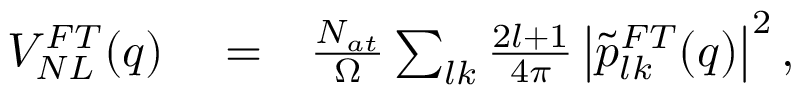
\begin{array} { r l r } { V _ { N L } ^ { F T } ( q ) } & { { } = } & { \frac { N _ { a t } } { \Omega } \sum _ { l k } \frac { 2 l + 1 } { 4 \pi } \left| \tilde { p } _ { l k } ^ { F T } ( q ) \right| ^ { 2 } , } \end{array}